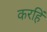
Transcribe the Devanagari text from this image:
करहिं